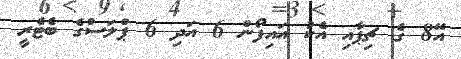
އޭ8 ގެ ޗިޕާއި އެކު އައިފޯން 6 އަދި 6 ޕްލަސްގެ ބެޓެރީ